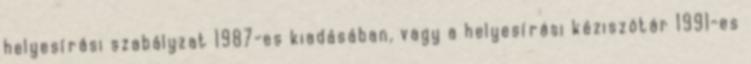
helyesírási szabályzat 1987-es kiadásában, vagy a helyesírási kéziszótár 1991-es